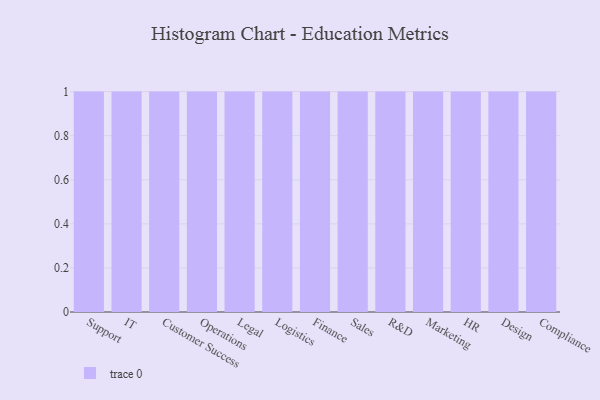
{"axis": {"x": "Department", "y": "Satisfaction Score"}, "legend": [""], "data": [{"x": "Support", "y": 86, "type": ""}, {"x": "IT", "y": 11, "type": ""}, {"x": "Customer Success", "y": 51, "type": ""}, {"x": "Operations", "y": 90, "type": ""}, {"x": "Legal", "y": 91, "type": ""}, {"x": "Logistics", "y": 33, "type": ""}, {"x": "Finance", "y": 5, "type": ""}, {"x": "Sales", "y": 42, "type": ""}, {"x": "R&D", "y": 55, "type": ""}, {"x": "Marketing", "y": 39, "type": ""}, {"x": "HR", "y": 81, "type": ""}, {"x": "Design", "y": 90, "type": ""}, {"x": "Compliance", "y": 40, "type": ""}]}